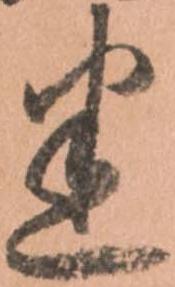
悉